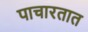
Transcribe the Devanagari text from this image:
पाचारतात